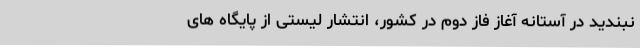
نبندید در آستانه آغاز فاز دوم در کشور، انتشار لیستی از پایگاه های